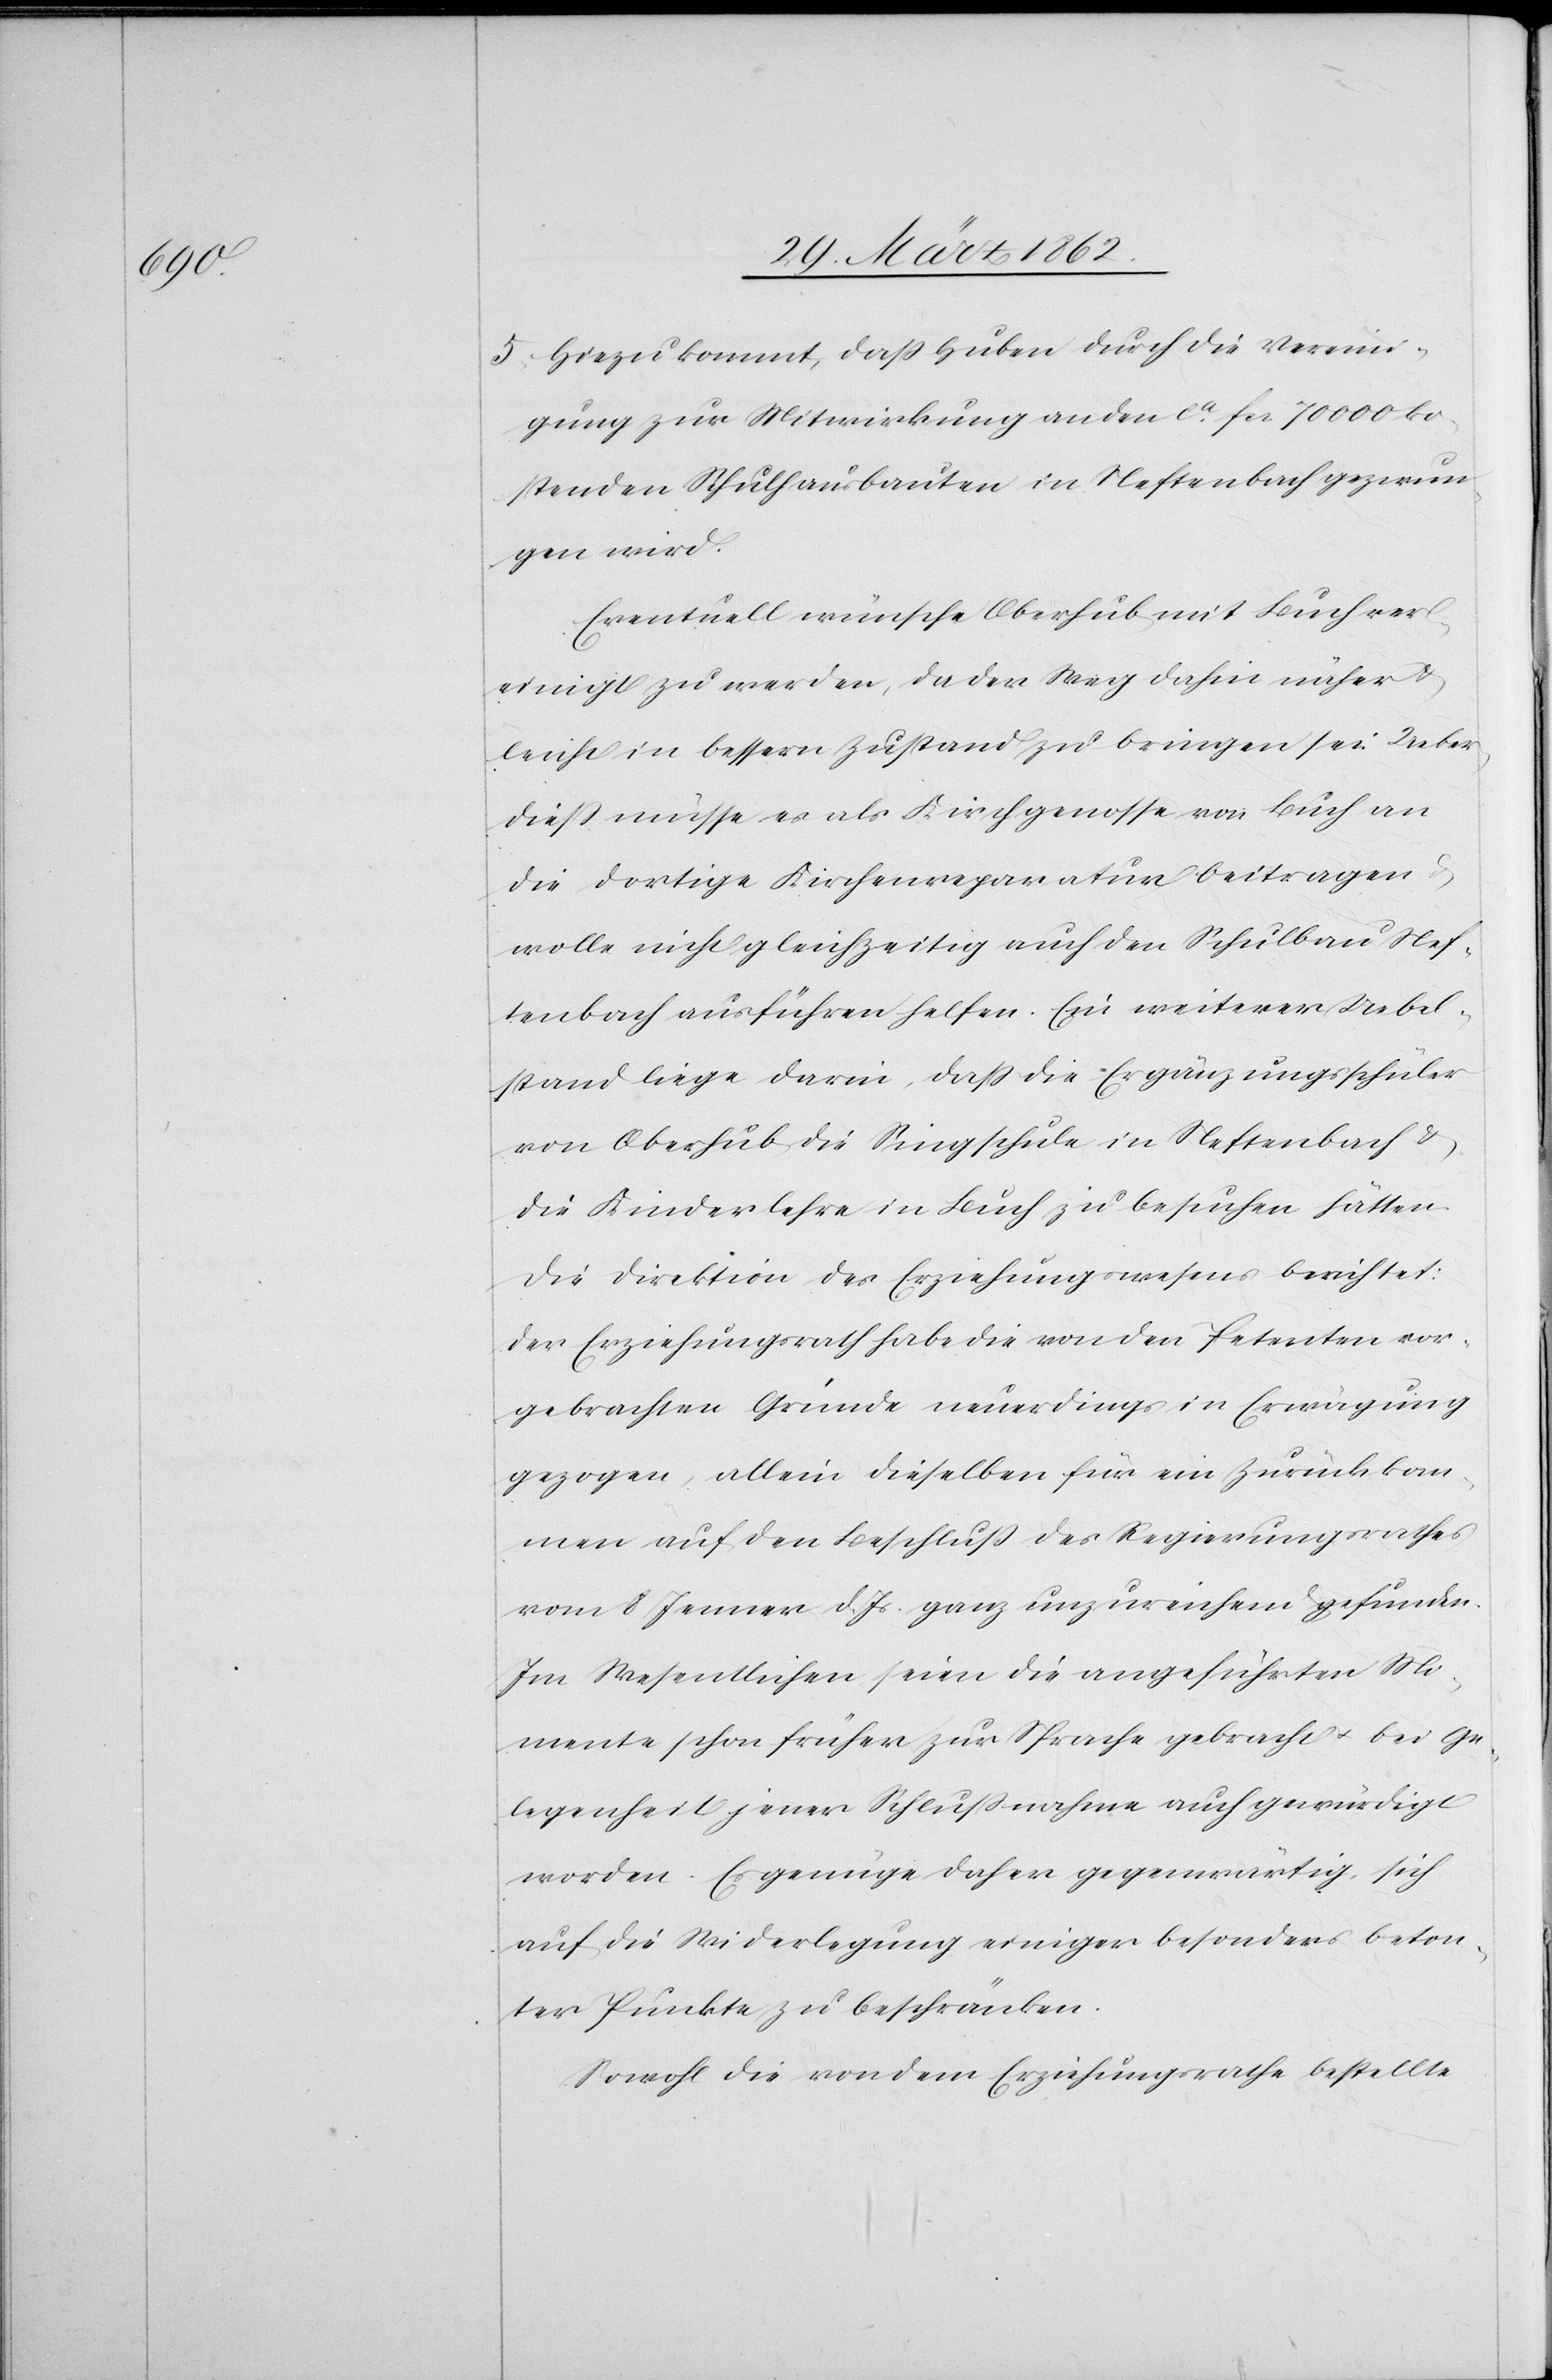
5) Hinzu kommt, daß Huben durch die Vereini¬
gung zur Mitwirkung an den ca. fcs 70 000 ko¬
stenden Schulhausbauten in Neftenbach gezwun¬
gen wird.
Eventuell wünsche Oberhub mit Buch ver¬
einigt zu werden, da der Weg dahin näher &
leicht in bessern Zustand zu bringen sei. Ueber¬
dieß müsse es als Kirchgenosse von Buch an
die dortige Kirchenreparatur beitragen
wolle nicht gleichzeitig auch den Schulbau Nef¬
tenbach ausführen helfen. Ein weiterer Uebel¬
stand liege darin, daß die Ergänzungsschüler
von Oberhub die Singschule in Neftenbach &
die Kinderlehre in Buch zu besuchen hätten.
Die Direktion des Erziehungswesens berichtet:
der Erziehungsrath habe die von den Petenten vor¬
gebrachten Gründe neuerdings in Erwägung
gezogen, allein dieselben für ein Zurückkom¬
men auf den Beschluß des Regierungsrathes
vom 8 Jenner d. Js. ganz unzureichend gefunden.
Im Wesentlichen seien die angeführten Mo¬
mente schon früher zur Sprache gebracht u. bei Ge¬
legenheit jener Schlußnahme auch gewürdigt
worden. Es genüge daher gegenwärtig, sich
auf die Widerlegung einiger besonders beton¬
ter Punkte zu beschränken.
Sowohl die von dem Erziehungsrathe bestellte